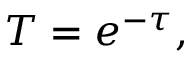
T = e ^ { - \tau } ,